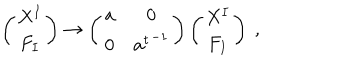
LaTeX: \left( \begin{matrix} { { X ^ { I } } } \\ { { F _ { I } } } \\ \end{matrix} \right) \rightarrow \left( \begin{matrix} { { { \bf a } } } & { { 0 } } \\ { { 0 } } & { { { { \bf a } ^ { t } } ^ { - 1 } } } \\ \end{matrix} \right) \left( \begin{matrix} { { X ^ { I } } } \\ { { F _ { I } } } \\ \end{matrix} \right) \ ,